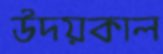
উদয়কাল